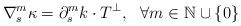
LaTeX: \begin{align*}\nabla _{s}^{m}\kappa = \partial _{s}^{m}k \cdot T^\perp, ~~ \forall m\in\mathbb N\cup\{0\}\end{align*}